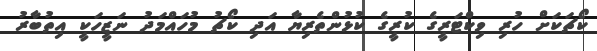
ކޯޗަކަށް ހުރި ވިކްޓަރީގެ ކުރީގެ ކުޅުންތެރިޔާ އަދި ކޯޗު މުހައްމަދު ނަޒީހަކީ އިތުބާރު